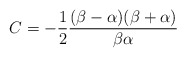
\begin{align*}C=-\frac{1}{2}\frac{(\beta-\alpha)(\beta+\alpha)}{\beta\alpha}\end{align*}